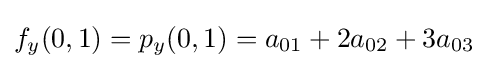
f_{y}(0,1)=p_{y}(0,1)=a_{01}+2a_{02}+3a_{03}